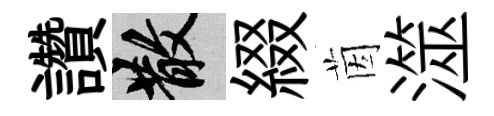
讚散綴茵澨